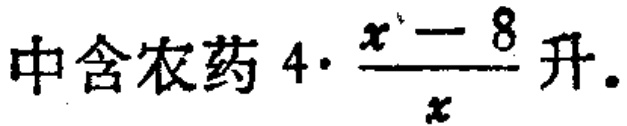
中含农药\(4\cdot\frac{x - 8}{x}\)升.